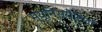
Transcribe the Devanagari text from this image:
म्यूनिसपैलिटी